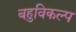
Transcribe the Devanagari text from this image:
बहुविकल्प